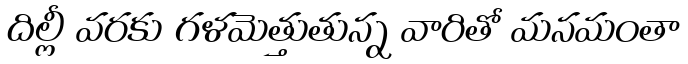
దిల్లీ వరకు గళమెత్తుతున్న వారితో మనమంతా